Annual report of the Punjab Veterinary College and of the Civil Veterinary Department, Punjab - 1894-1908
Year: 1894
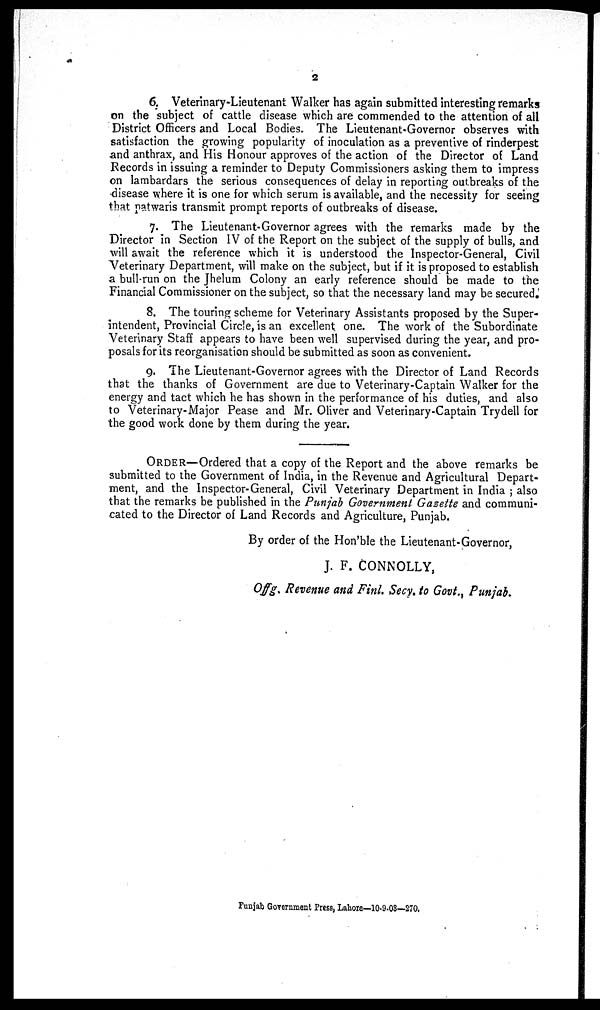
2
6. Veterinary-Lieutenant Walker has again submitted interesting remarks
on the subject of cattle disease which are commended to the attention of all
District Officers and Local Bodies. The Lieutenant-Governor observes with
satisfaction the growing popularity of inoculation as a preventive of rinderpest
and anthrax, and His Honour approves of the action of the Director of Land
Records in issuing a reminder to Deputy Commissioners asking them to impress
on lambardars the serious consequences of delay in reporting outbreaks of the
disease where it is one for which serum is available, and the necessity for seeing
that patwaris transmit prompt reports of outbreaks of disease.
7. The Lieutenant-Governor agrees with the remarks made by the
Director in Section IV of the Report on the subject of the supply of bulls, and
will await the reference which it is understood the Inspector-General, Civil
Veterinary Department, will make on the subject, but if it is proposed to establish
a bull-run on the Jhelum Colony an early reference should be made to the
Financial Commissioner on the subject, so that the necessary land may be secured.
8. The touring scheme for Veterinary Assistants proposed by the Super-
intendent, Provincial Circle, is an excellent one. The work of the Subordinate
Veterinary Staff appears to have been well supervised during the year, and pro-
posals for its reorganisation should be submitted as soon as convenient.
9. The Lieutenant-Governor agrees with the Director of Land Records
that the thanks of Government are due to Veterinary-Captain Walker for the
energy and tact which he has shown in the performance of his duties, and also
to Veterinary-Major Pease and Mr. Oliver and Veterinary-Captain Trydell for
the good work done by them during the year.
ORDER—Ordered that a copy of the Report and the above remarks be
submitted to the Government of India, in the Revenue and Agricultural Depart-
ment, and the Inspector-General, Civil Veterinary Department in India; also
that the remarks be published in the Punjab Government Gazette and communi-
cated to the Director of Land Records and Agriculture, Punjab.
By order of the Hon'ble the Lieutenant-Governor,
J. F. CONNOLLY,
Offg. Revenue and Finl. Secy. to Govt., Punjab.
Punjab Government Press, Lahore—10-9-03—270.